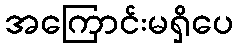
အကြောင်းမရှိပေ